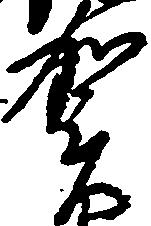
賀